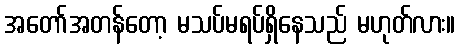
အတော်အတန်တော့ မသပ်မရပ်ရှိနေသည် မဟုတ်လား။